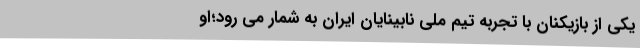
یکی از بازیکنان با تجربه تیم ملی نابینایان ایران به شمار می رود؛او